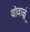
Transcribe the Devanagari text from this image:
वोवाळूं